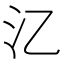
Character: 㲸